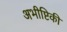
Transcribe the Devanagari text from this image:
अभीष्टिकी